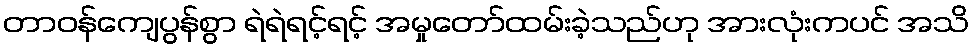
တာဝန်ကျေပွန်စွာ ရဲရဲရင့်ရင့် အမှုတော်ထမ်းခဲ့သည်ဟု အားလုံးကပင် အသိ